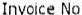
INVOICE NO